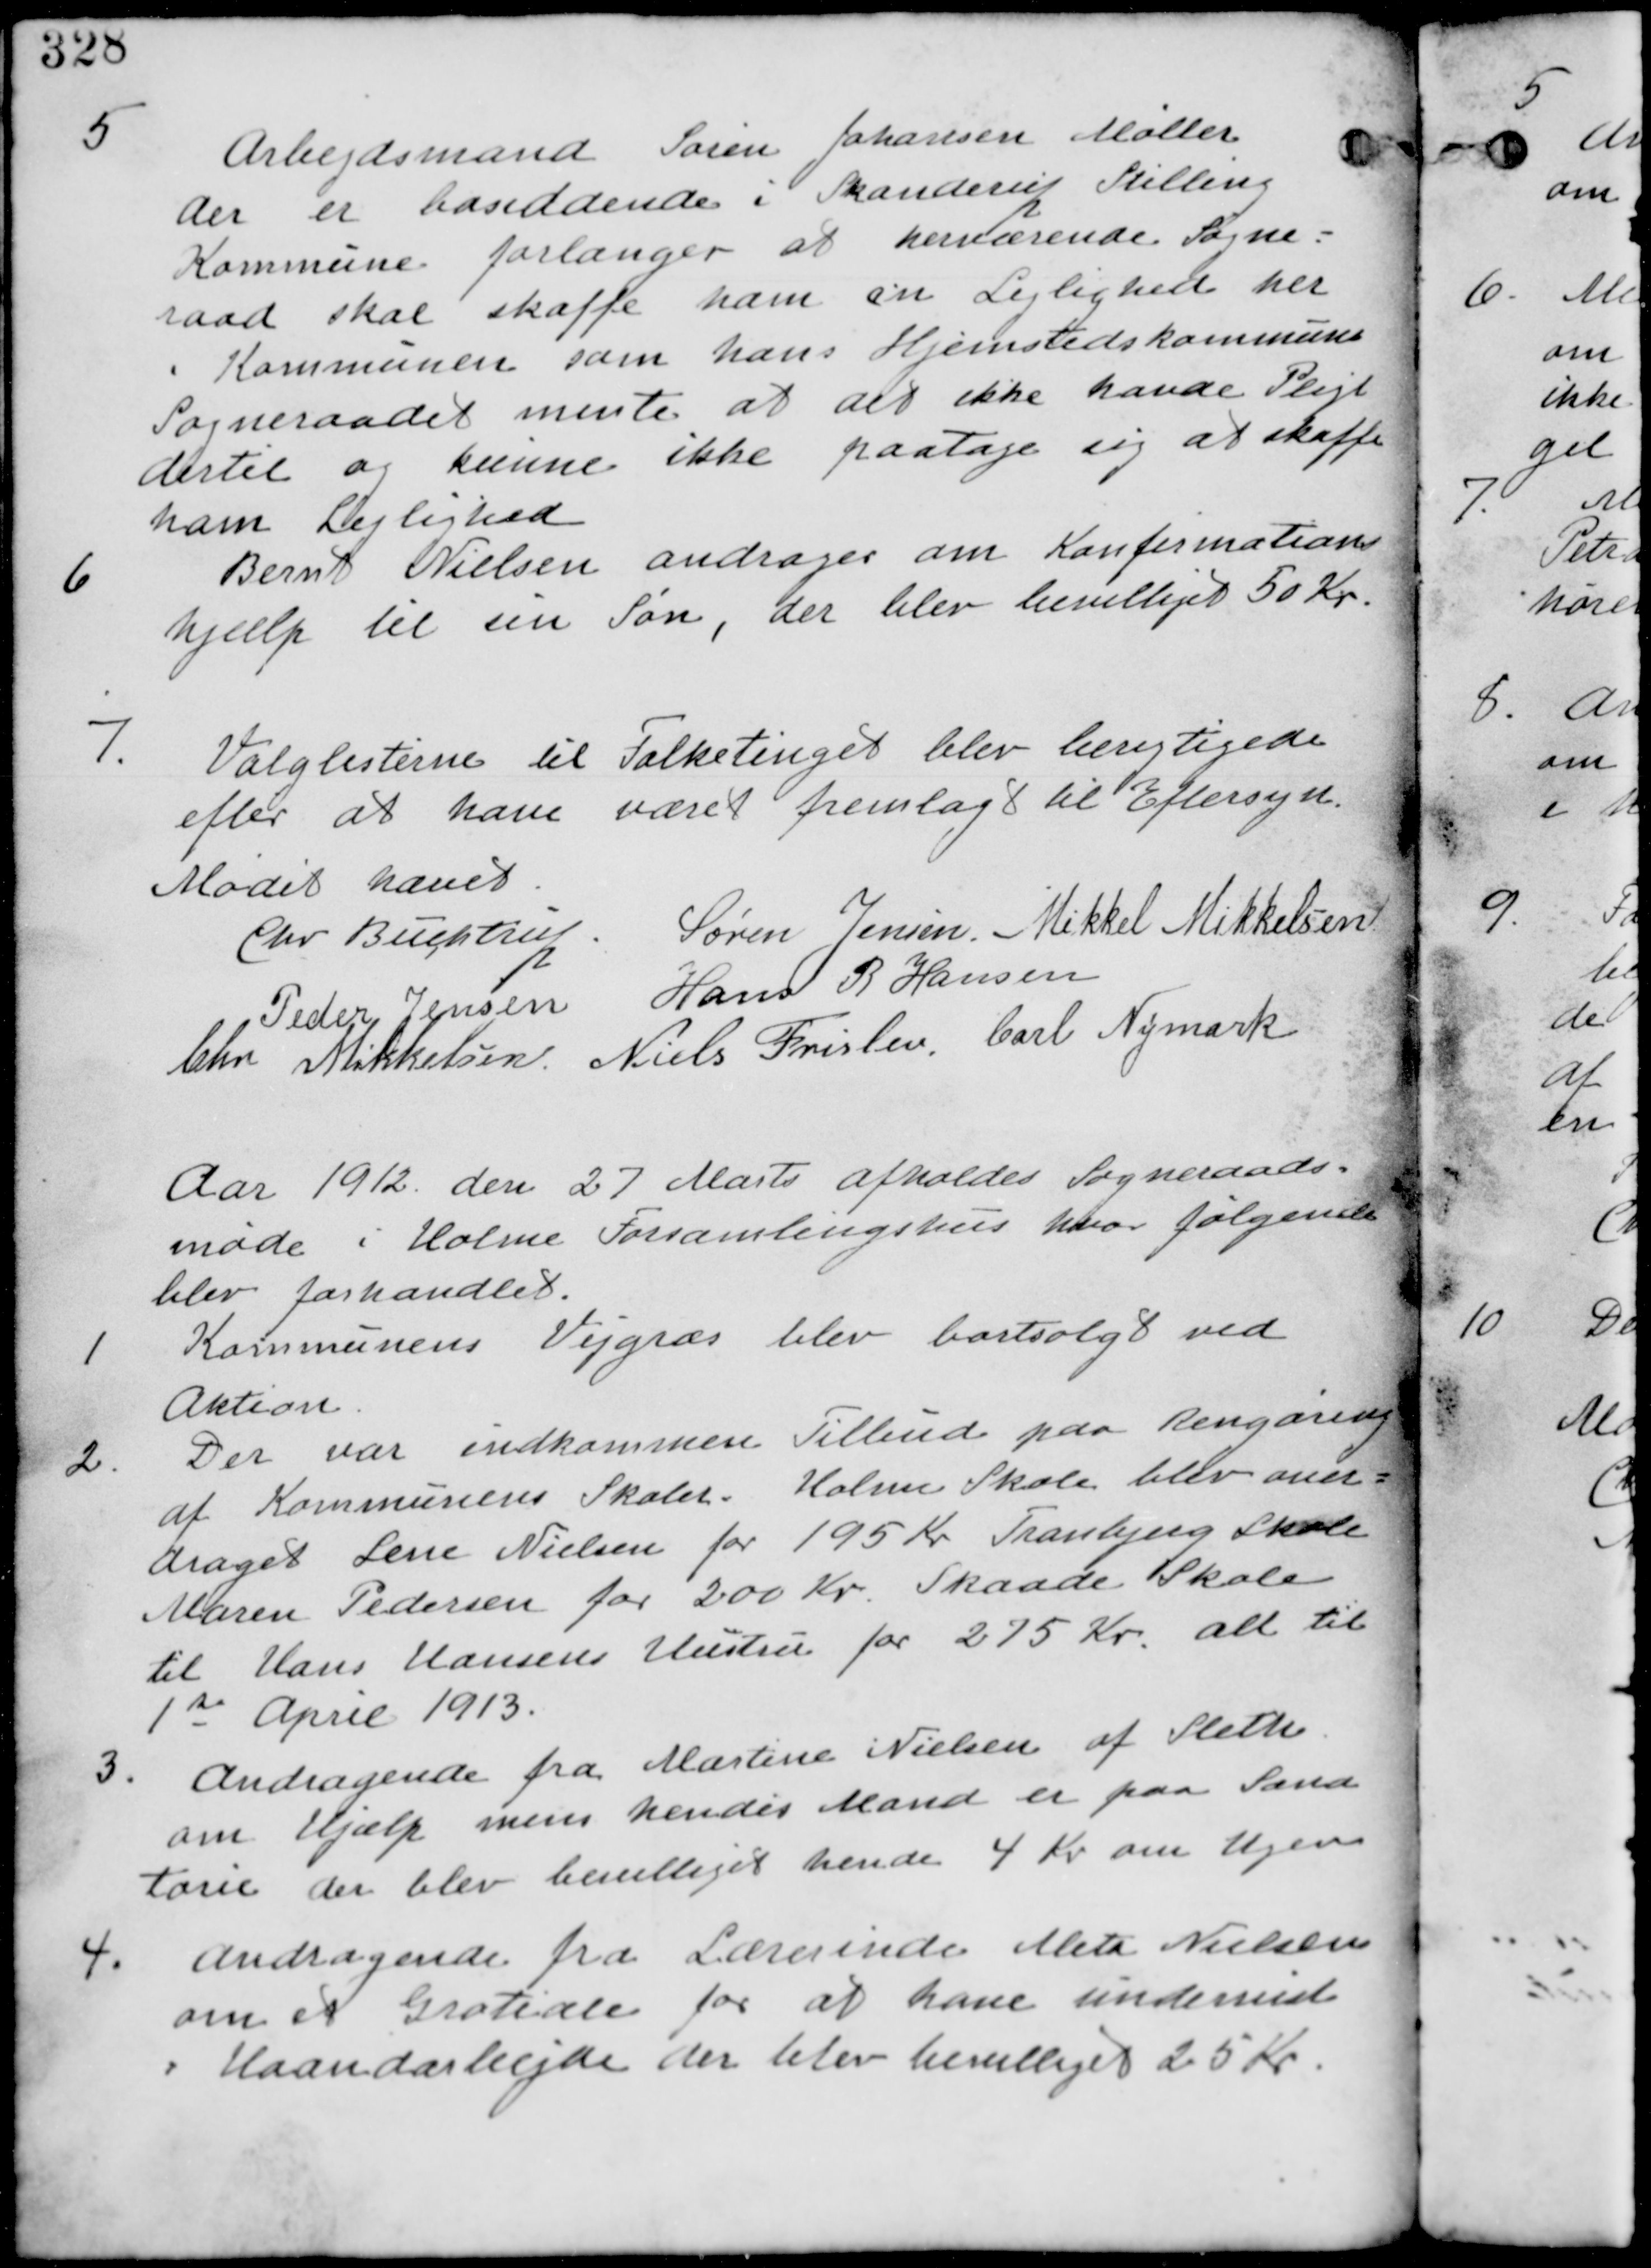
Transskription:
5. Arbejdsmand Søren Johansen Møller
der er bosiddende i Skanderup Stilling
Kommune forlanger at herværende Sogne-
raad skal skaffe ham en Lejlighed her
i Kommunen som hans Hjemstavnskommune
Sogneraadet mente at det ikke havde Pligt
dertil og kunne ikke paatage sig at skaffe
ham Lejlighed

6. Bernt Nielsen andrager om Konfirmations.
hjælp til sin Søn, der blev bevilliget 50 Kr.

7. Valglisterne til Folketinget blev berigtigede
efter at have været fremlagt til Eftersyn.

Mødet hævet.

Søren Jensen Mikkel Mikkelsen Chr Buchtrup
Hans R Hansen Peder Jensen
Chr Mikkelsen Niels Frislev Carl Nymark

Aar 1912 den 27 Marts afholdes Sogneraads-
møde i Holme Forsamlingshus hvor følgende
blev forhandlet.

1 Kommunens Vejgræs blev bortsolgt ved.
Aktion

2. Der var indkommen Tilbud paa Rengøring
af Kommunens Skoler. Holme Skole blev over-
draget Lene Nielsen for 195 Kr Tranbjerg Skole
Maren Pedersen for 200 Kr. Skaade Skole
til Hans Hansens Hustru for 275 Kr. alle til
1st April 1913.

3. Andragende fra Martine Nielsen af Sleth
om Hjælp mens hendes Mand er paa paa Sana-
torie der blev bevilliget hende 4 Kr om Ugen

4. Andragende fra Lærerinde Meta Nielsen
om et Gratiale for at have undervist
Haandarbejde der blev bevilliget 25 Kr.